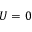
U = 0